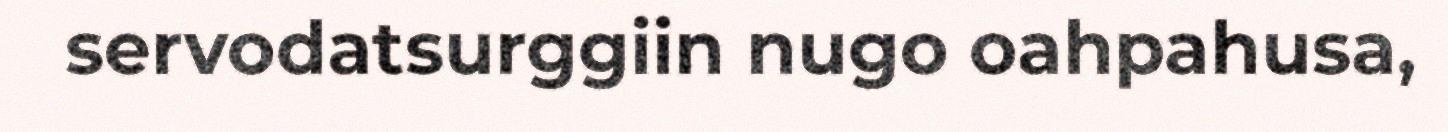
servodatsurggiin nugo oahpahusa,